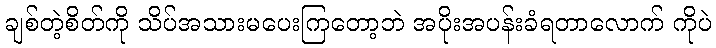
ချစ်တဲ့စိတ်ကို သိပ်အသားမပေးကြတော့ဘဲ အပိုးအပန်းခံရတာလောက် ကိုပဲ